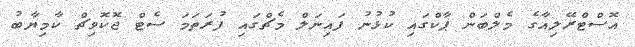
އޮސްޓްރޭލިއާގެ މެލްބަން ޕާކްގައި ކުޅުނު ފައިނަލް މެޗްގައި ފުރަތަމަ ސެޓް ޖޮކޮވިޗް ކާމިޔާބު